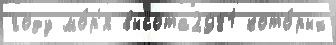
году мо́р'я высота2981 кото́рых